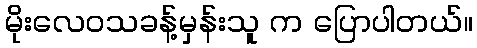
မိုးလေဝသခန့်မှန်းသူ က ပြောပါတယ်။